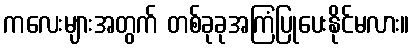
ကလေးများအတွက် တစ်ခုခုအကြံပြုပေးနိုင်မလား။